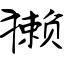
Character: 獭